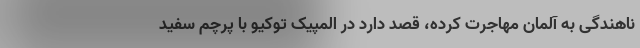
ناهندگی به آلمان مهاجرت کرده، قصد دارد در المپیک توکیو با پرچم سفید